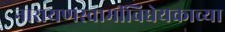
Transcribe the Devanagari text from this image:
नारायणस्वामींविधेयकाच्या